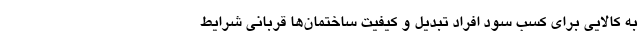
به کالایی برای کسب سود افراد تبدیل و کیفیت ساختمان‌ها قربانی شرایط